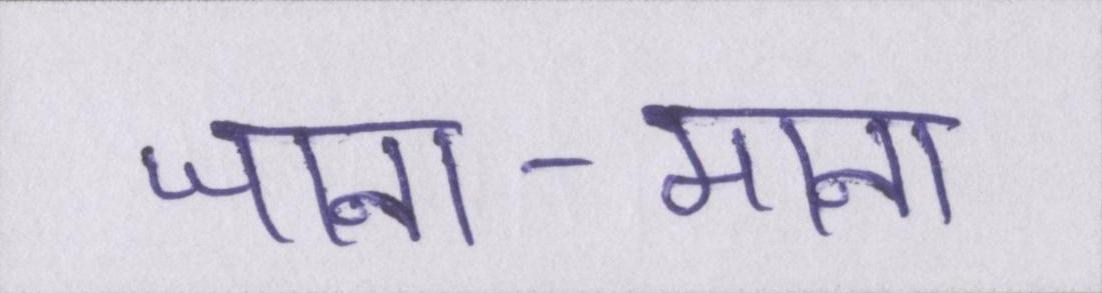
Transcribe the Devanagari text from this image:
जाना-माना